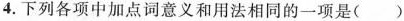
4.下列各项中加点词意义和用法相同的一项是（ ）